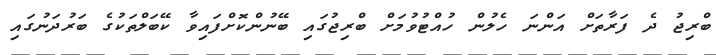
ބްރިޖު ދެ ފަރާތަށް އަންނަ ހެލުން ހުއްޓުވުމަށް ބްރިޖުގައި ބޭނުންކޮށްފައިވާ ކޭބަލްތަކުގެ ބަރުދަނުގައި